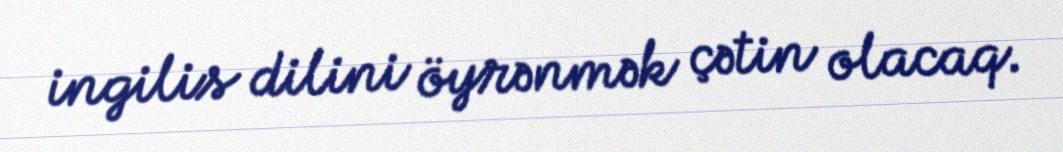
ingilis dilini öyrənmək çətin olacaq.